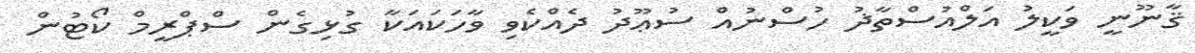
ޤާނޫނީ ވަކީލު އަލްއުސްތާޛު ހުސްނުއް ސުޢޫދު ދެއްކެވި ވާހަކައަކާ ގުޅިގެން ސްޕްރީމް ކޯޓުން